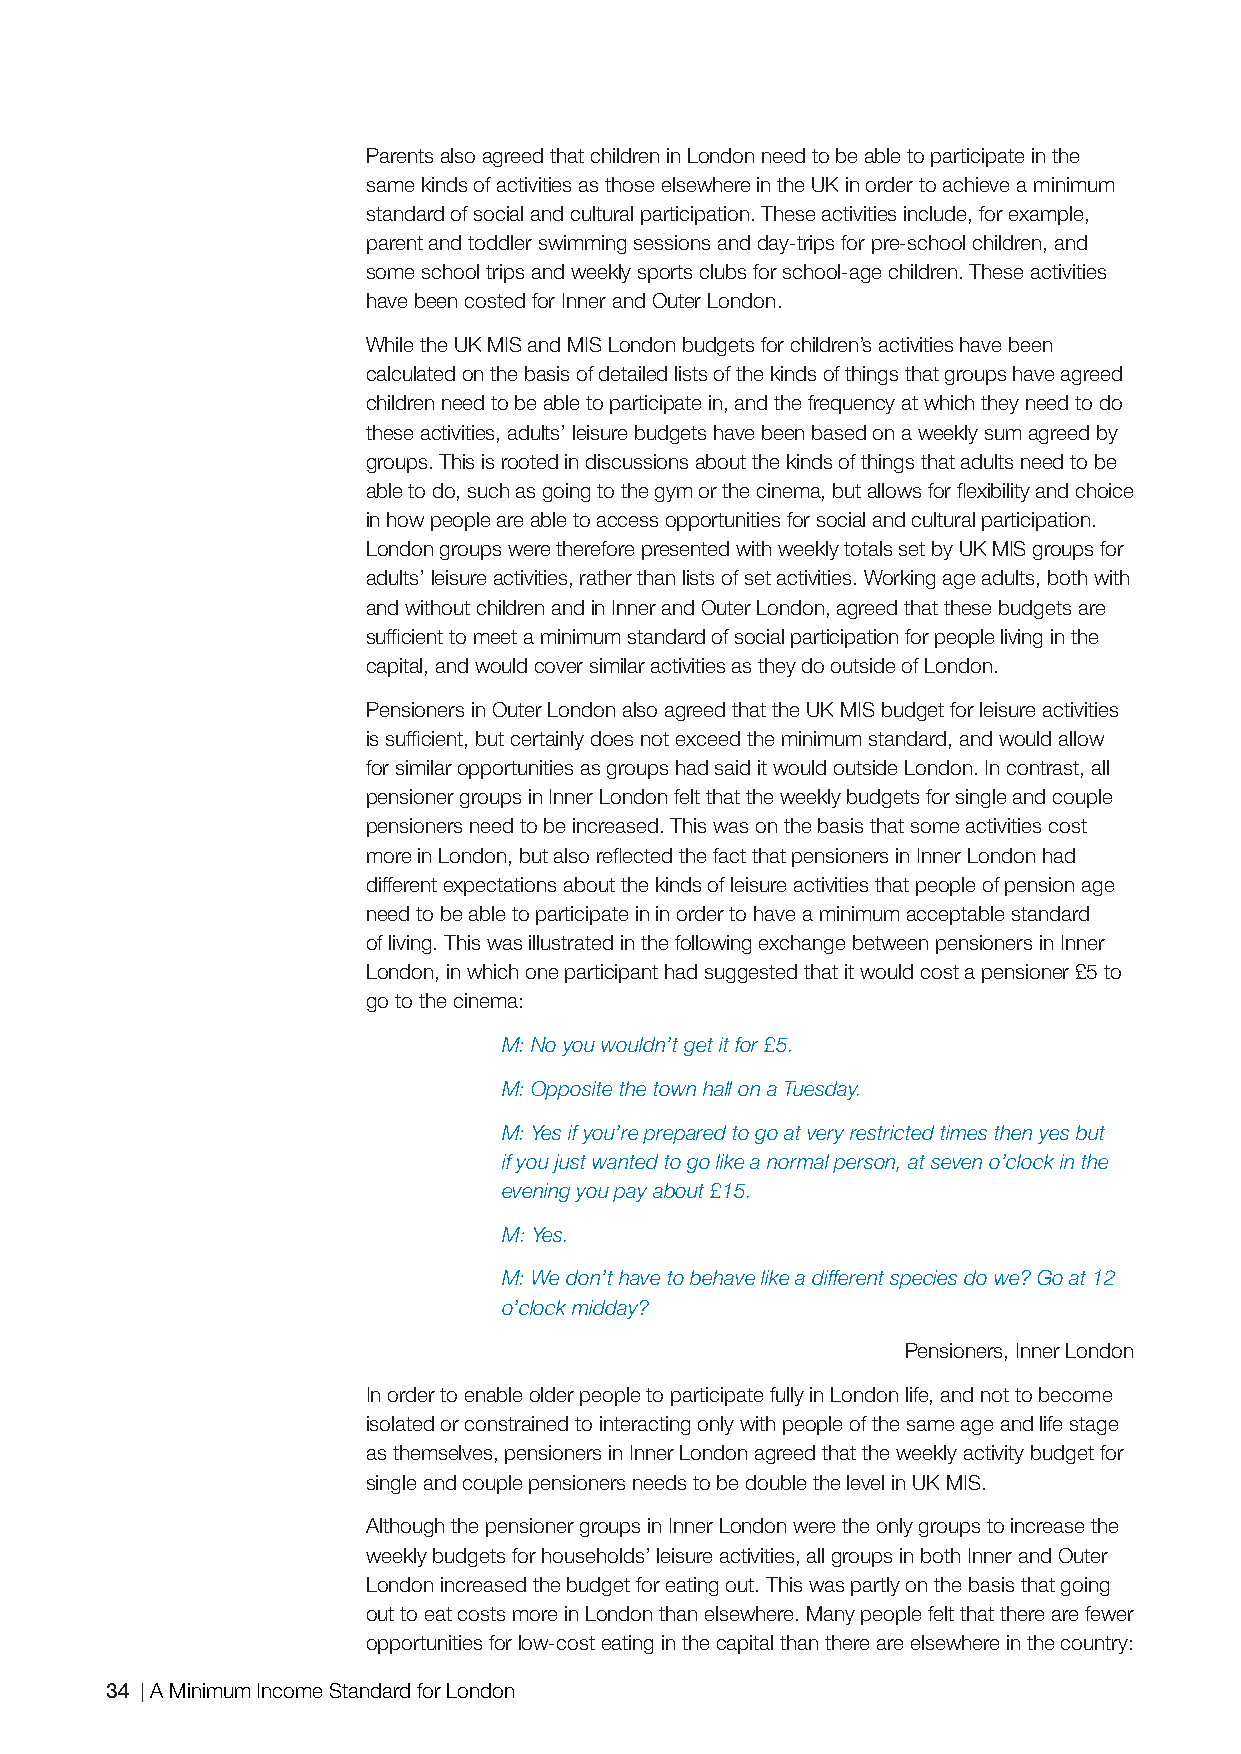
Parents also agreed that children in London need to be able to participate in the
 same kinds of activities as those elsewhere in the UK in order to achieve a minimum
 standard of social and cultural participation. These activities include, for example,
 parent and toddler swimming sessions and day-trips for pre-school children, and
 some school trips and weekly sports clubs for school-age children. These activities
 have been costed for Inner and Outer London.
 While the UK MIS and MIS London budgets for children’s activities have been
 calculated on the basis of detailed lists of the kinds of things that groups have agreed
 children need to be able to participate in, and the frequency at which they need to do
 these activities, adults’ leisure budgets have been based on a weekly sum agreed by
 groups. This is rooted in discussions about the kinds of things that adults need to be
 able to do, such as going to the gym or the cinema, but allows for fl exibility and choice
 in how people are able to access opportunities for social and cultural participation.
 London groups were therefore presented with weekly totals set by UK MIS groups for
 adults’ leisure activities, rather than lists of set activities. Working age adults, both with
 and without children and in Inner and Outer London, agreed that these budgets are
 suffi cient to meet a minimum standard of social participation for people living in the
 capital, and would cover similar activities as they do outside of London.
 Pensioners in Outer London also agreed that the UK MIS budget for leisure activities
 is suffi cient, but certainly does not exceed the minimum standard, and would allow
 for similar opportunities as groups had said it would outside London. In contrast, all
 pensioner groups in Inner London felt that the weekly budgets for single and couple
 pensioners need to be increased. This was on the basis that some activities cost
 more in London, but also refl ected the fact that pensioners in Inner London had
 different expectations about the kinds of leisure activities that people of pension age
 need to be able to participate in in order to have a minimum acceptable standard
 of living. This was illustrated in the following exchange between pensioners in Inner
 London, in which one participant had suggested that it would cost a pensioner £5 to
 go to the cinema:
 M: No you wouldn’t get it for £5.
 M: Opposite the town hall on a Tuesday.
 M: Yes if you’re prepared to go at very restricted times then yes but
 if you just wanted to go like a normal person, at seven o’clock in the
 evening you pay about £15.
 M: Yes.
 M: We don’t have to behave like a different species do we? Go at 12
 o’clock midday?
 Pensioners, Inner London
 In order to enable older people to participate fully in London life, and not to become
 isolated or constrained to interacting only with people of the same age and life stage
 as themselves, pensioners in Inner London agreed that the weekly activity budget for
 single and couple pensioners needs to be double the level in UK MIS.
 Although the pensioner groups in Inner London were the only groups to increase the
 weekly budgets for households’ leisure activities, all groups in both Inner and Outer
 London increased the budget for eating out. This was partly on the basis that going
 out to eat costs more in London than elsewhere. Many people felt that there are fewer
 opportunities for low-cost eating in the capital than there are elsewhere in the country:
 34 A Minimum Income Standard for London